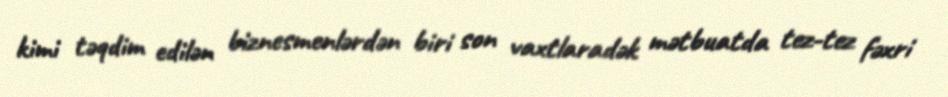
kimi təqdim edilən biznesmenlərdən biri son vaxtlaradək mətbuatda tez-tez fəxri